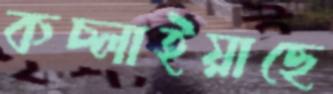
কচ্‌লাইয়াছে